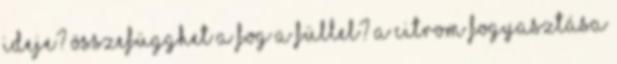
ideje? Összefügghet a fog a füllel? A citrom fogyasztása